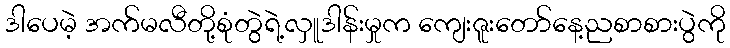
ဒါပေမဲ့ အက်မလီတို့စုံတွဲရဲ့လှူဒါန်းမှုက ကျေးဇူးတော်နေ့ညစာစားပွဲကို